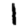
Digit: 1